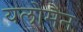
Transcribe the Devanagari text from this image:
यलोमैन